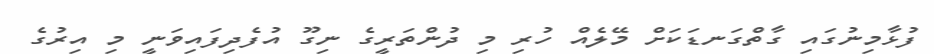
ފުޅާމިނުގައި ގާތްގަނޑަކަށް މޭލެއް ހުރި މި ދުންތަރީގެ ނިގޫ އުފެދިފައިވަނީ މި އިރުގެ